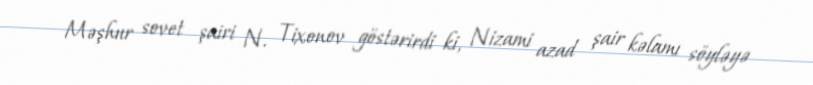
Məşhur sovet şairi N. Tixonov göstərirdi ki, Nizami azad şair kəlamı söyləyə